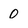
Character: 0